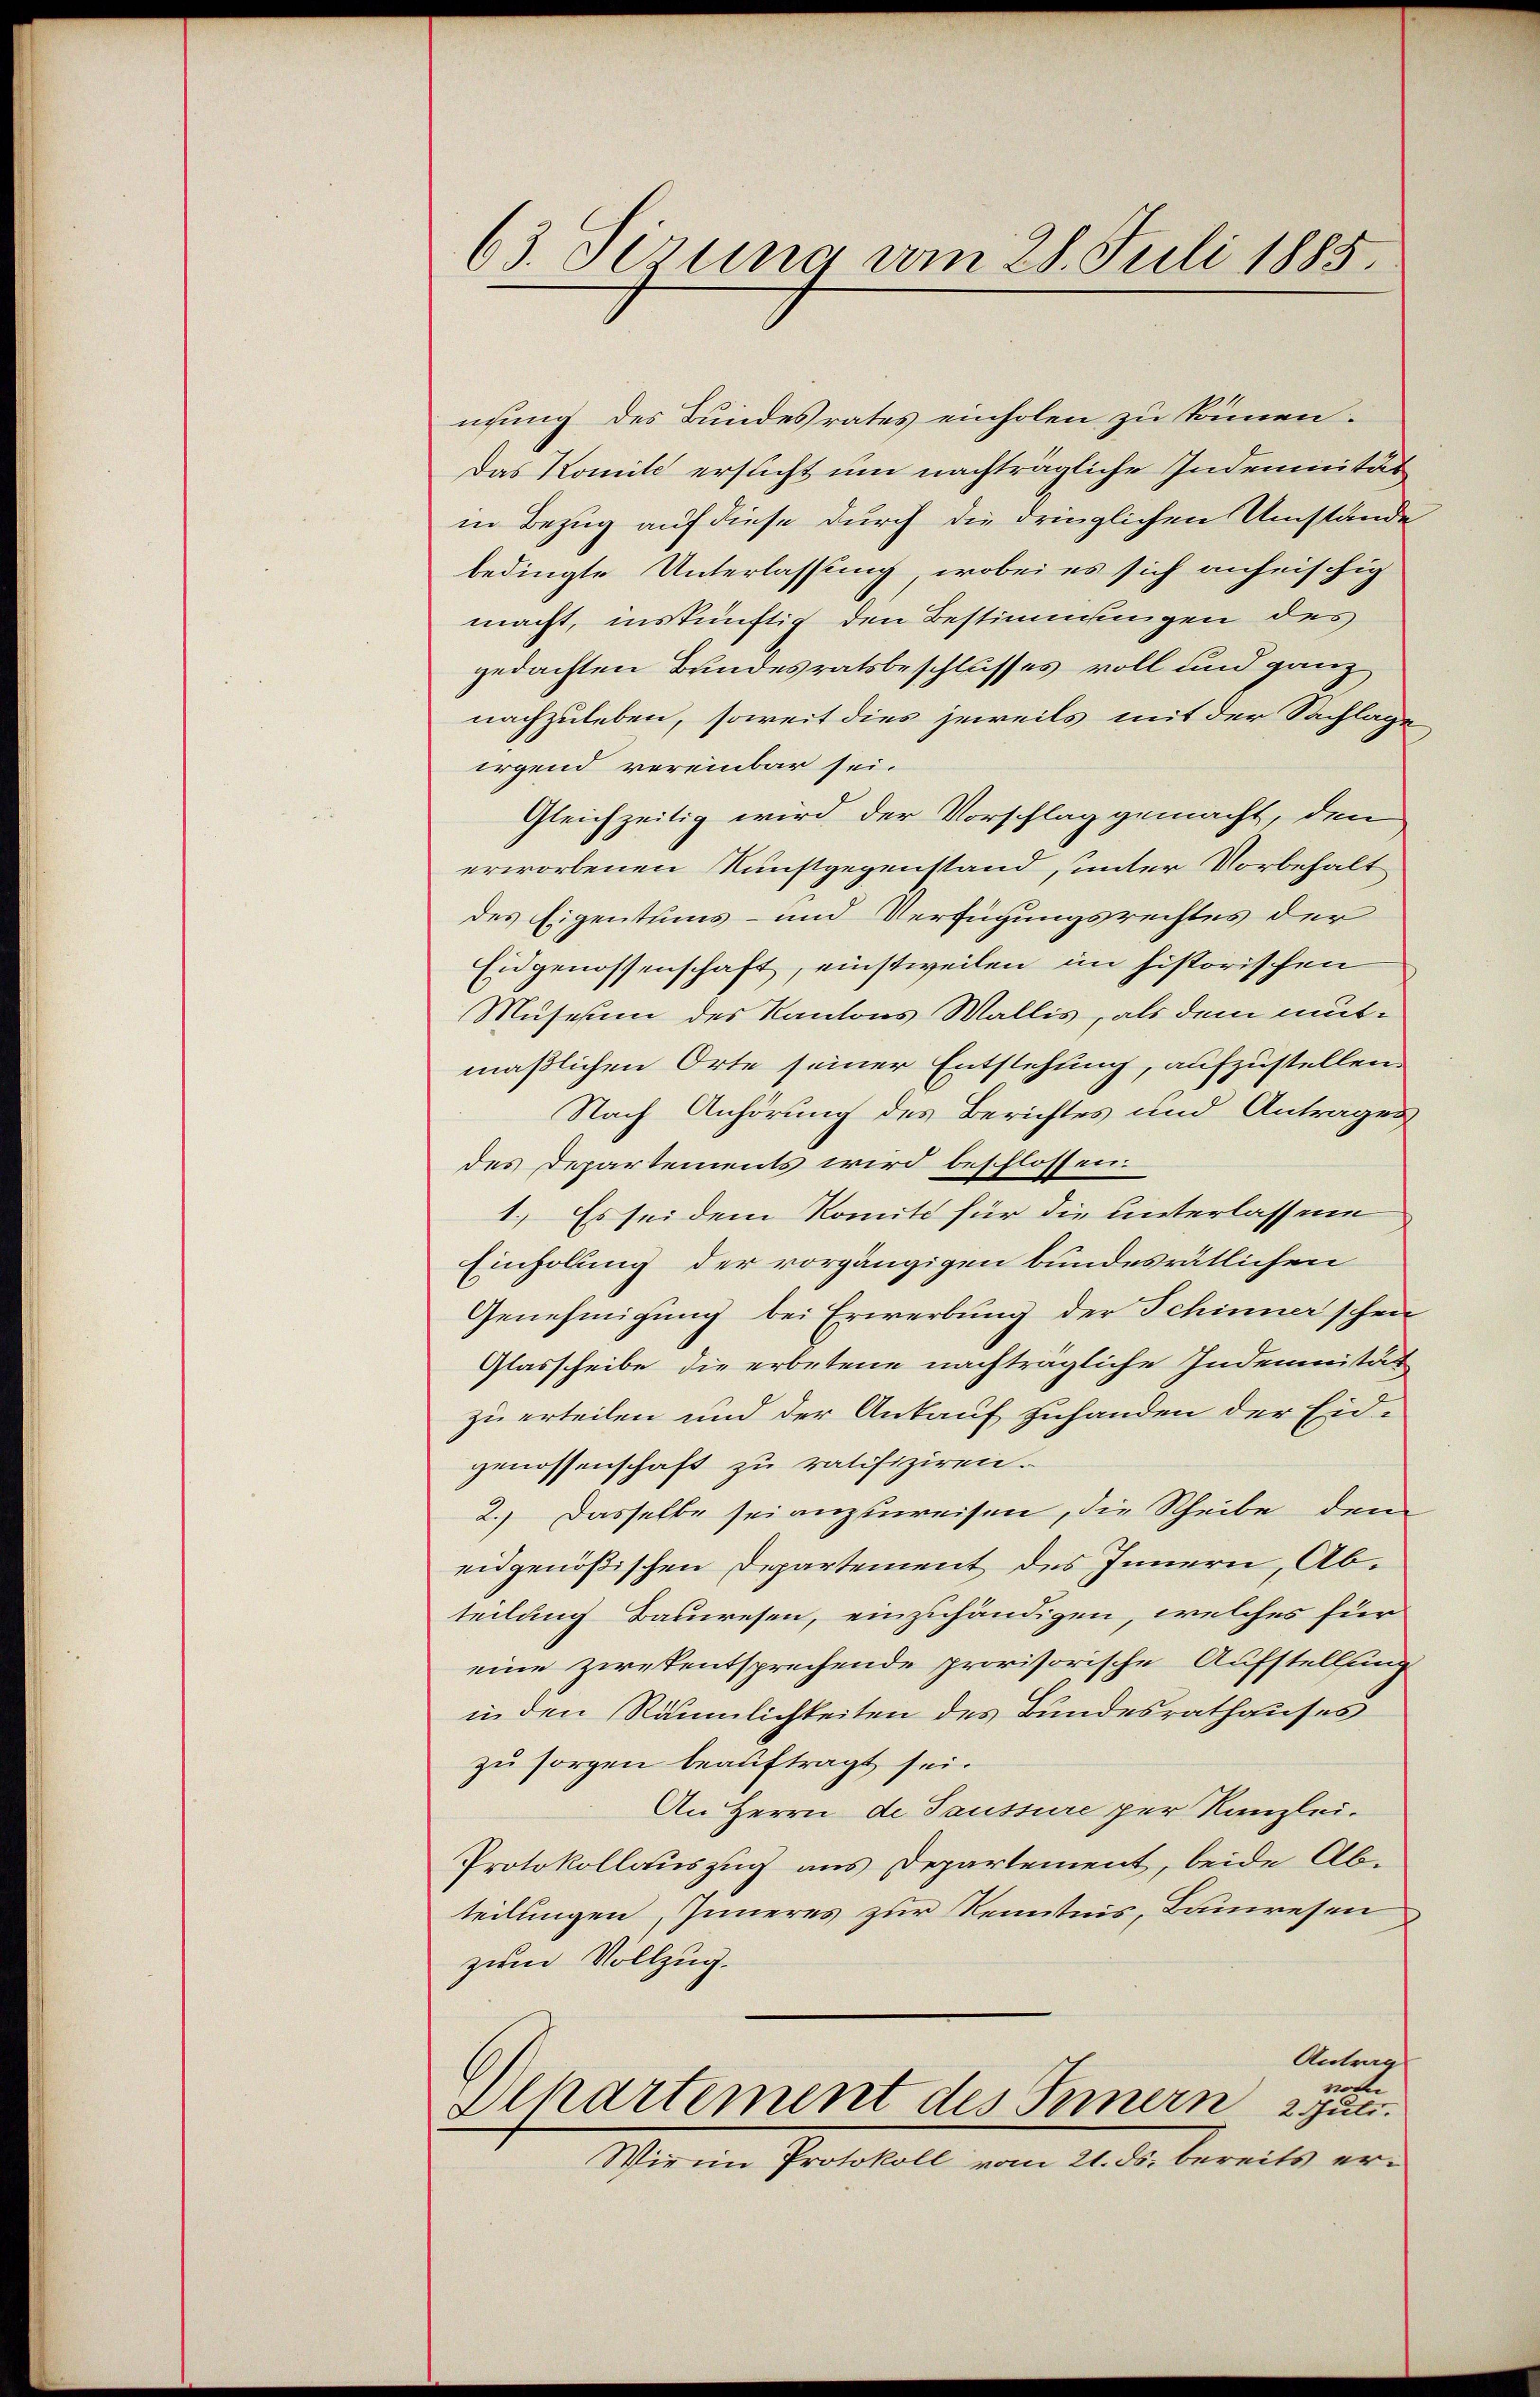
63. Sizung vom 28. Juli 1885.

nsung des Bundesrates einholen zu können.
Das Komite ersucht um nachträgliche Indemicität
in Bezug auf diese durch die dringlichen Umstände
bedingte Unterlassung, wobei es sich anheischig
macht, inskünftig den Bestimmungen des
gedachten Bundesratsbeschlusses voll und ganz
nachzuleben, soweit dies jeweils mit der Sachlage
irgend vereinbar sei.
Gleichzeitig wird der Vorschlag gemacht, den
erworbenen Kunstgegenstand, unter Vorbehalt
des Eigentums- und Verfügungsrechtes der
Eidgenossenschaft, einstweilen im historischen
Museum des Kantons Wallis, als dem mut-
maßlichen Orte seiner Entstehung, aufzustellen
Nach Anhörung des Berichtes und Antrages
des Departements wird beschlossen.
1.) Es sei dem Komité für die unterlassene
Einholung der vorgängigen bundesrätlichen
Genehmigung bei Erwerbung der Schinner schen
Glasscheibe die erbetene nachträgliche Indemnität
zu erteilen und der Ankauf zuhanden der Eid-
genossenschaft zu ratifiziren.
2.) Dasselbe sei anzuweisen, die Scheibe dem
eidgenößischen Departement des Innern, Abteilung Bauwesen, einzuhändigen, welches für
eine zwekentsprechende provisorische Aufstellung
in den Räumlichkeiten des Bundesrathauses
zu sorgen beauftragt sei.
An Herrn de Saussure per Kanzlei.
Protokollauszug aus Departement, beide Abteilungen, Inneres zur Kenntnis, Bauwesen
zum Vollzug.
Antrag
e
Dlpartement des Innern 2 Jan.
Wie im Protokoll vom 21. ds. bereits er¬